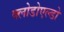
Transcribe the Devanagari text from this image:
क्लोडोएल्डो